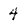
Character: 4